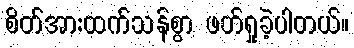
စိတ်အားထက်သန်စွာ ဖတ်ရှုခဲ့ပါတယ်။